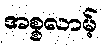
အစ္စလာမ့်